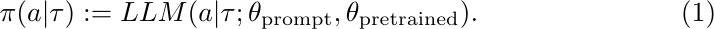
\begin{equation}
    \pi(a|\tau):=LLM(a|\tau; \theta_{\mathrm{prompt}}, \theta_{\mathrm{pretrained}}).
    \label{raw-text-policy}
\end{equation}